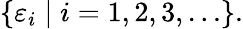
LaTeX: \{ \varepsilon_{i}\mid i=1,2,3,\ldots\} .